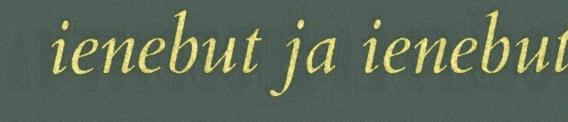
ienebut ja ienebut